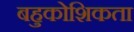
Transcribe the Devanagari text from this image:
बहुकोशिकता